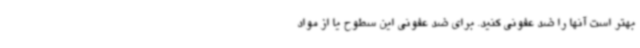
بهتر است آنها را ضد عفونی کنید. برای ضد عفونی این سطوح یا از مواد